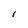
Character: l